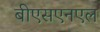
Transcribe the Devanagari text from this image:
बीएसएनएल